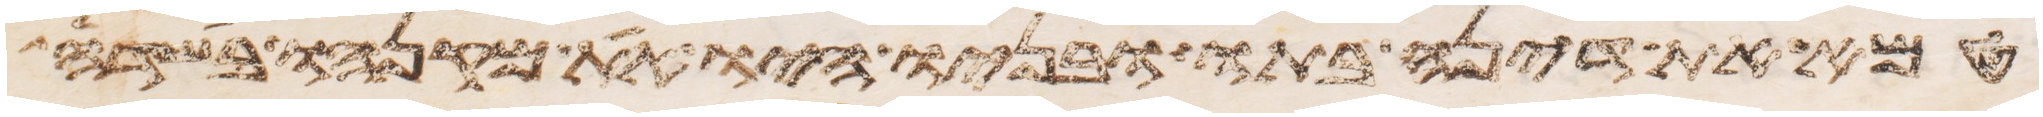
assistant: טמא את דינה בתו ובניו היו את מקנהו בשדה